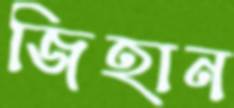
জিহান